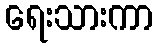
ရေးသားကာ